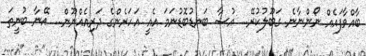
ބާއްވާފައެއް ނޯންނާނެ. ގަބޫލުކުރޭ... އުޝާ ބަނޑުބޮޑުނަމަ އެއީ އަހަރެންގެ ދަރިއެއްނޫން... އޭނާ ބުނީތަ